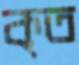
কৃত